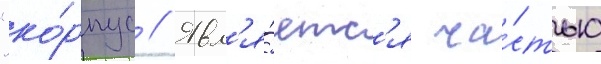
"ко́рпус // Явл'я́етс'я ча́стью